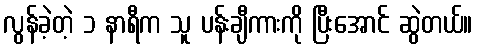
လွန်ခဲ့တဲ့ ၁ နာရီက သူ ပန်းချီကားကို ပြီးအောင် ဆွဲတယ်။